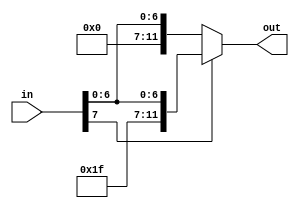
module signExt(in, out);
  input[7:0] in;
  output[11:0] out;
  assign out = (in[7]) ? {5'b11111,in[6:0]} : {5'b00000,in[6:0]};
endmodule